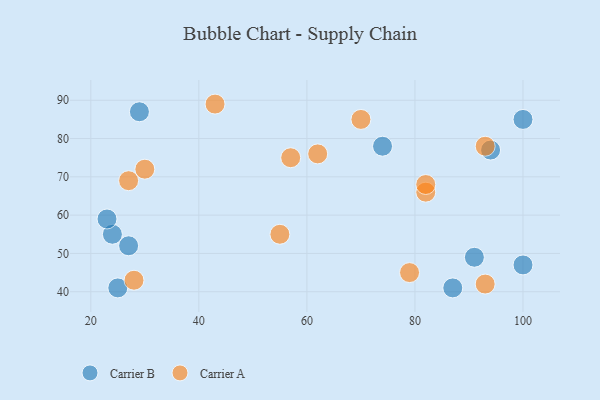
{"axis": {"x": "GDP", "y": "Life Expectancy"}, "legend": ["Carrier A", "Carrier B"], "data": [{"x": "27", "y": 52, "type": "Carrier B"}, {"x": "87", "y": 41, "type": "Carrier B"}, {"x": "100", "y": 47, "type": "Carrier B"}, {"x": "29", "y": 87, "type": "Carrier B"}, {"x": "94", "y": 77, "type": "Carrier B"}, {"x": "24", "y": 55, "type": "Carrier B"}, {"x": "100", "y": 85, "type": "Carrier B"}, {"x": "23", "y": 59, "type": "Carrier B"}, {"x": "91", "y": 49, "type": "Carrier B"}, {"x": "74", "y": 78, "type": "Carrier B"}, {"x": "25", "y": 41, "type": "Carrier B"}, {"x": "57", "y": 75, "type": "Carrier A"}, {"x": "43", "y": 89, "type": "Carrier A"}, {"x": "82", "y": 66, "type": "Carrier A"}, {"x": "28", "y": 43, "type": "Carrier A"}, {"x": "79", "y": 45, "type": "Carrier A"}, {"x": "27", "y": 69, "type": "Carrier A"}, {"x": "62", "y": 76, "type": "Carrier A"}, {"x": "55", "y": 55, "type": "Carrier A"}, {"x": "93", "y": 78, "type": "Carrier A"}, {"x": "70", "y": 85, "type": "Carrier A"}, {"x": "30", "y": 72, "type": "Carrier A"}, {"x": "82", "y": 68, "type": "Carrier A"}, {"x": "93", "y": 42, "type": "Carrier A"}]}